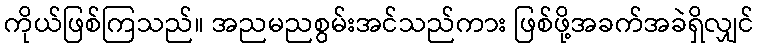
ကိုယ်ဖြစ်ကြသည်။ အညမညစွမ်းအင်သည်ကား ဖြစ်ဖို့အခက်အခဲရှိလျှင်